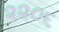
૨૨૦૬